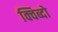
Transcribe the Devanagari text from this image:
क्विब्दो